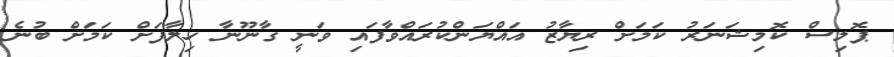
ޕޮލިސް ކޮމިޝަނަރު ކަމަށް ރިޔާޒު އައްޔަންކުރައްވާފައި ވަނީ ގާނޫނާ ހިލާފަށް ކަމަށް ބުނެ